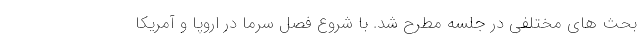
بحث های مختلفی در جلسه مطرح شد. با شروع فصل سرما در اروپا و آمریکا